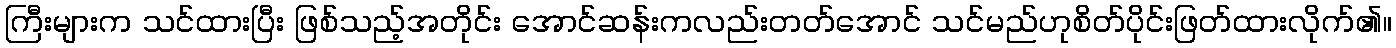
ကြီးများက သင်ထားပြီး ဖြစ်သည့်အတိုင်း အောင်ဆန်းကလည်းတတ်အောင် သင်မည်ဟုစိတ်ပိုင်းဖြတ်ထားလိုက်၏။